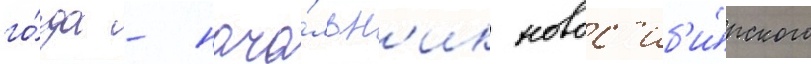
го́да - нача́льн'ик новос'иб'и́рского